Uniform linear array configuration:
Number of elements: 8
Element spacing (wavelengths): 1
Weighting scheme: uniform
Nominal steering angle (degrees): -45
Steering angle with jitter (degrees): -44.58
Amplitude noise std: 0.05
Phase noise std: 0.05

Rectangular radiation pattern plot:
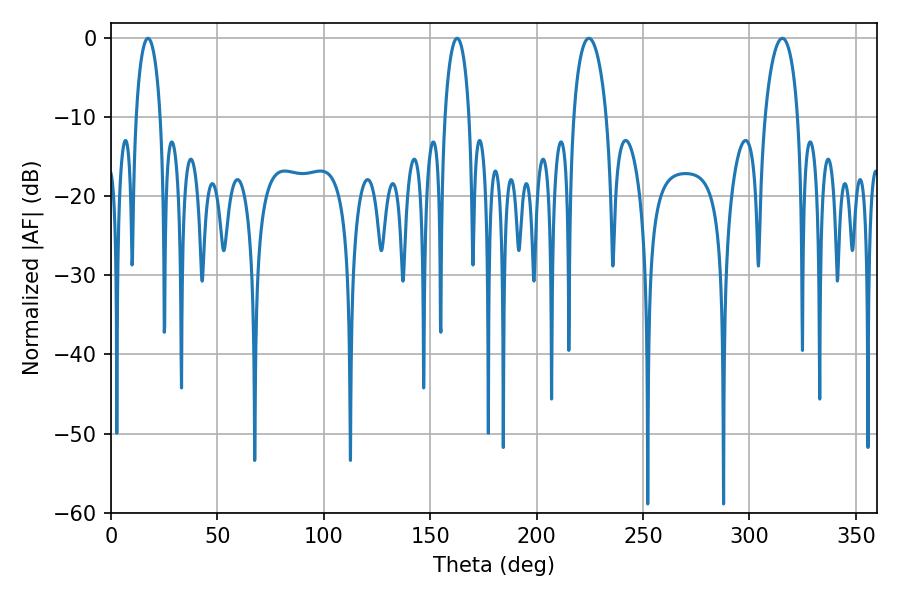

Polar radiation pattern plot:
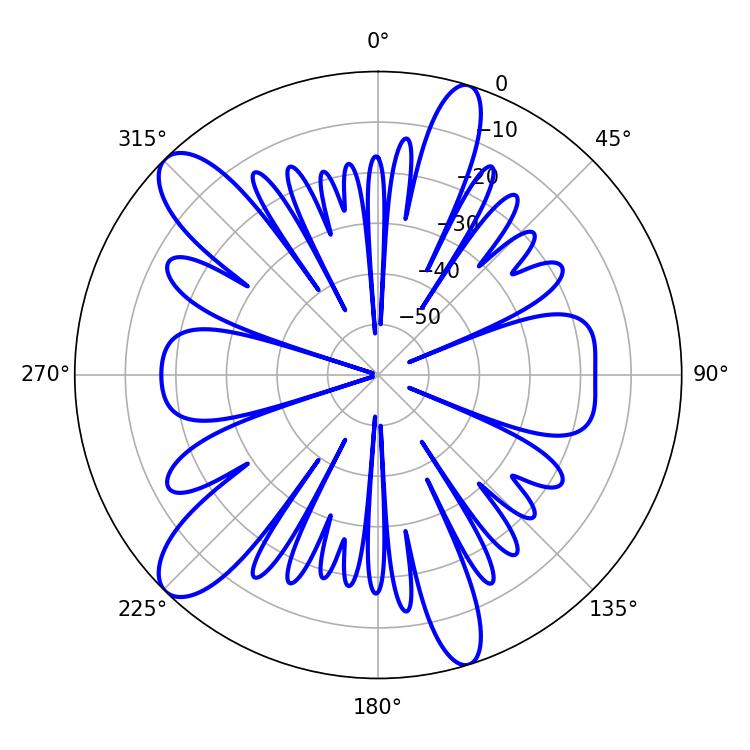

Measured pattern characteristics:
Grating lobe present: TRUE
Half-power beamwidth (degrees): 8.82
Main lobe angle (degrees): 224.46